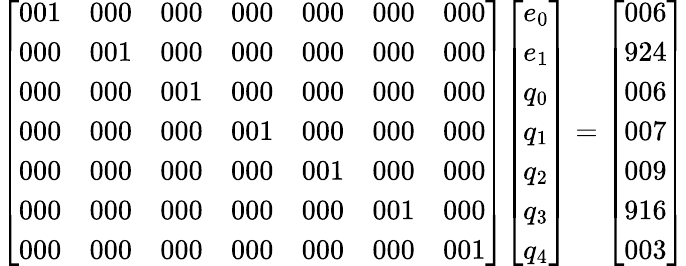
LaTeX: {\left[\begin{array}{lllllll}{001}&{000}&{000}&{000}&{000}&{000}&{000}\\ {000}&{001}&{000}&{000}&{000}&{000}&{000}\\ {000}&{000}&{001}&{000}&{000}&{000}&{000}\\ {000}&{000}&{000}&{001}&{000}&{000}&{000}\\ {000}&{000}&{000}&{000}&{001}&{000}&{000}\\ {000}&{000}&{000}&{000}&{000}&{001}&{000}\\ {000}&{000}&{000}&{000}&{000}&{000}&{001}\end{array}\right]}{\left[\begin{array}{l}{e_{0}}\\ {e_{1}}\\ {q_{0}}\\ {q_{1}}\\ {q_{2}}\\ {q_{3}}\\ {q_{4}}\end{array}\right]}={\left[\begin{array}{l}{006}\\ {924}\\ {006}\\ {007}\\ {009}\\ {916}\\ {003}\end{array}\right]}